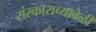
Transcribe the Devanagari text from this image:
संस्काराच्यावेळी